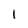
Character: I